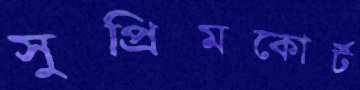
সুপ্রিমকোর্ট